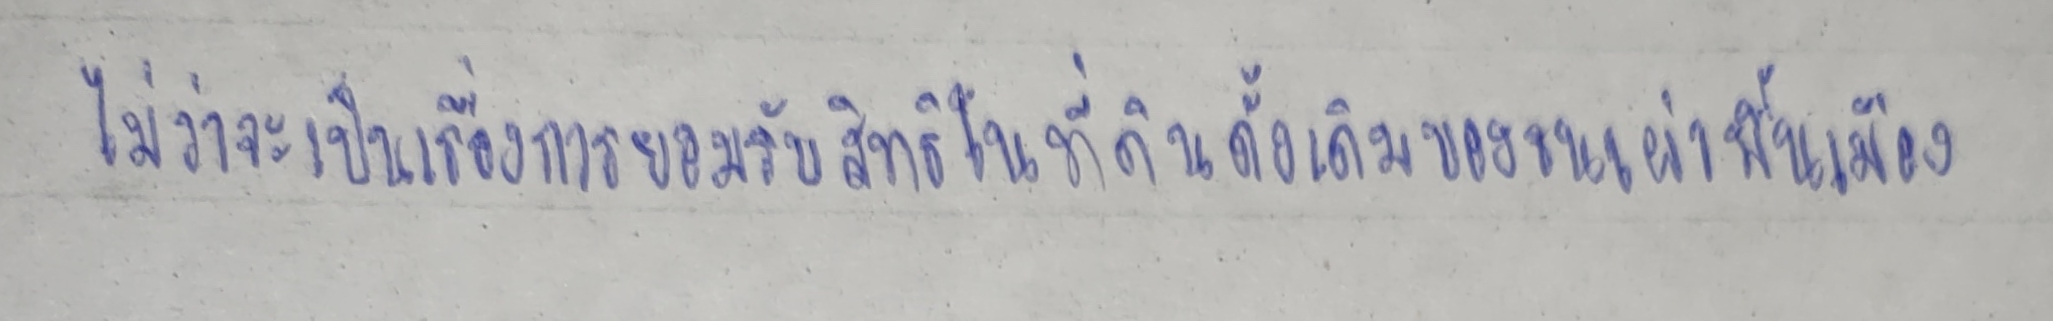
ไม่ว่าจะเป็นเรื่องการยอมรับสิทธิในที่ดินดั้งเดิมของชนเผ่าพื้นเมือง